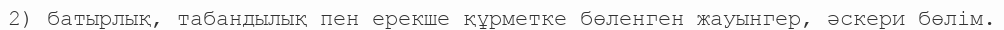
2) батырлық, табандылық пен ерекше құрметке бөленген жауынгер, әскери бөлім.